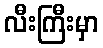
လီးကြီးမှာ